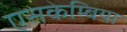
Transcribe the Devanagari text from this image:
एसकेम्बिया